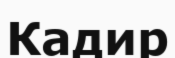
Кадир